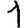
Digit: 1